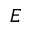
E